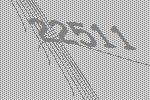
22511